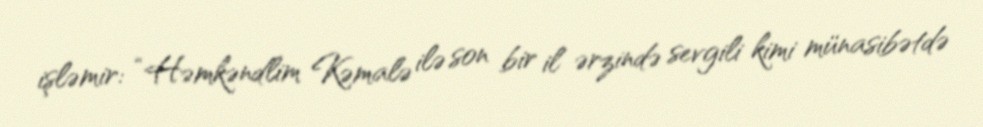
işləmir: “Həmkəndlim Kəmalə ilə son bir il ərzində sevgili kimi münasibətdə